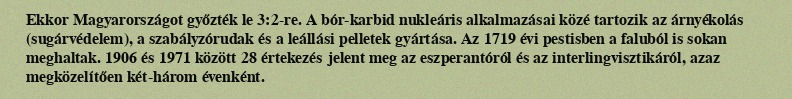
Ekkor Magyarországot győzték le 3:2-re. A bór-karbid nukleáris alkalmazásai közé tartozik az árnyékolás (sugárvédelem), a szabályzórudak és a leállási pelletek gyártása. Az 1719 évi pestisben a faluból is sokan meghaltak. 1906 és 1971 között 28 értekezés jelent meg az eszperantóról és az interlingvisztikáról, azaz megközelítően két-három évenként.